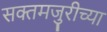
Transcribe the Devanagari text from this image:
सक्तमजुरीच्या